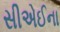
સીએઈના